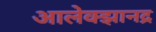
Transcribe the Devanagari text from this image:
आलेक्झानद्र